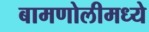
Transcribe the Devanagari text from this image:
बामणोलीमध्ये